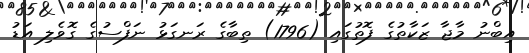
އިބްނު މާޖާ ޒަކާތުގެ ފޮތުގައި (1796) ތިބާގެ ރަނގަޅު ނަފްސުގެ ގޮވެލި އަޑު